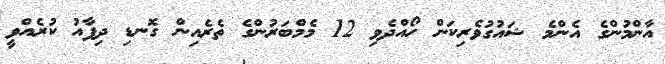
އާންމުންގެ އެންމެ ޝައުގުވެރިކަން ހޯއްދެވި 12 މެމްބަރުންގެ ތެރެއިން ގޮނޑި ދިފާއު ކުރެއްވީ